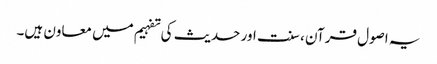
یہ اصول قرآن ، سنت اور حدیث کی تفہیم میں معاون ہیں۔